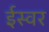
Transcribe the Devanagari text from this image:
ईस्वर